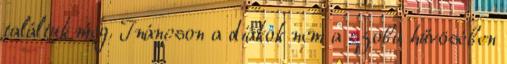
találtuk meg. Ináncson a diákok nem a szoba hűvösében